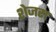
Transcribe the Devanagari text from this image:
शेजरा